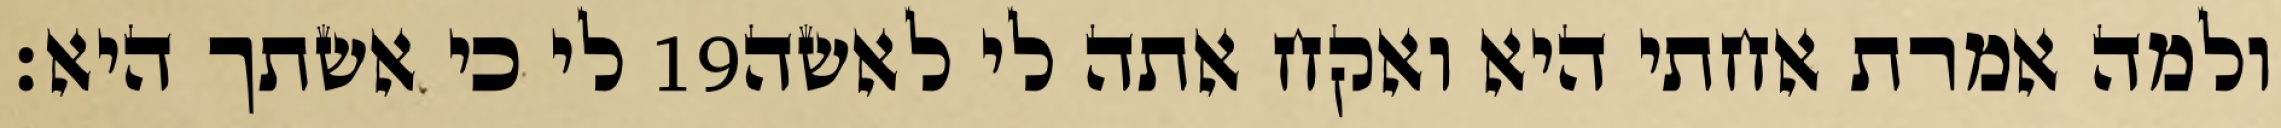
לי כי אשתך היא׃ ‎19‏ ולמה אמרת אחתי היא ואקח אתה לי לאשה